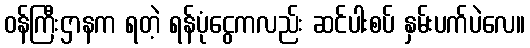
ဝန်ကြီးဌာနက ရတဲ့ ရန်ပုံငွေကလည်း ဆင်ပါးစပ် နှမ်းပက်ပဲလေ။